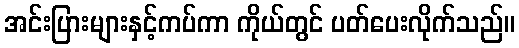
အင်းပြားများနှင့်ကပ်ကာ ကိုယ်တွင် ပတ်ပေးလိုက်သည်။